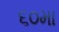
૬૦મા